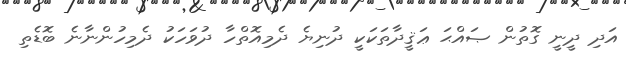
އަދި ދީނީ ގޮތުން ޞައްޙަ ޢަޤީދާތަކަކީ ދުނިޔެ ދެމިއޮތްހާ ދުވަހަކު ދެމިހުންނާނެ ބޮޑެތި